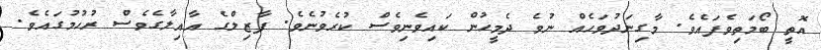
އޮތީ ބޯމަތިވެފައެެވެ. މާގިނަދުވަހެއް ނުވެ ދެމީހުން ކައިވެނިވެސް ކުރެވުނެވެ. ފާޒިލްގެ އާއިލާގެެވެސް ރުހުމުގައެވެ.